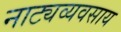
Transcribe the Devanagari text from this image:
नाट्यव्यवसाय